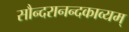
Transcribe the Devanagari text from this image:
सौन्दरानन्दकाव्यम्